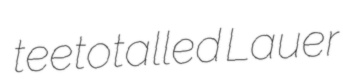
teetotalled Lauer